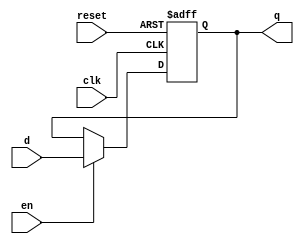
module register_en
#(parameter width = 32)
(clk,reset,en,d,q);

input clk, reset, en;
input [width-1:0] d;
output reg [width-1:0] q;

always@(posedge clk or negedge reset)
begin
	if(!reset)
		q <= 32'b0;
	else if(en)
		q <= d;
end

endmodule